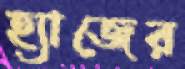
হ্যাজের